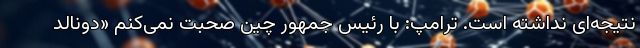
نتیجه‌ای نداشته است. ترامپ: با رئیس جمهور چین صحبت نمی‌کنم «دونالد